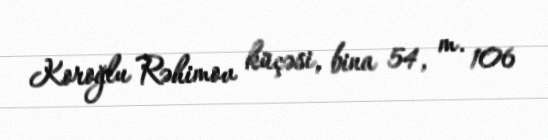
Koroğlu Rəhimov küçəsi, bina 54, m. 106